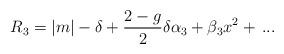
LaTeX: \begin{align*}R_3=|m|-\delta+{2- g\over 2}\delta \alpha_3+\beta_3 x^2 +\,...\end{align*}